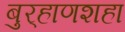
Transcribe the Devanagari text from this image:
बुर्‍हाणशहा